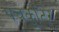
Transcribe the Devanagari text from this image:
पंचकुटिर